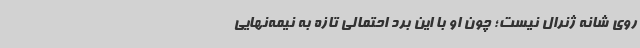
روی شانه ژنرال نیست؛ چون او با این برد احتمالی تازه به نیمه‌نهایی